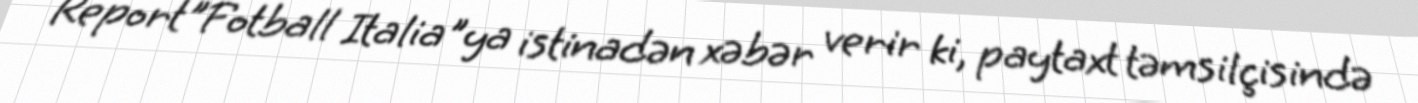
Report"Fotball Italia"ya istinadən xəbər verir ki, paytaxt təmsilçisində